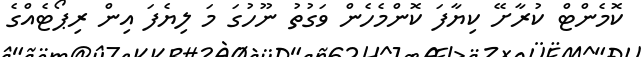
ކޮމެންޓް ކުރާށޭ ކިޔާފަ ކޮންމެހެން ވަގުތު ނޫހުގަ މަ ލިޔެފަ އިން ރިޕޯޓެއްގެ